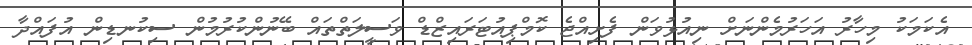
އެކަމަކު މިހާރު އަހަރުމެންނަށް ނިއުޅުވަން ފެށިއްޖެ ކޮމްޕިއުޓަރައިޒްޑް ވަސީލަތްތައް ބޭނުންކުރުމުން ސިކުނޑިން އުފައްދާ